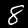
Digit: 8